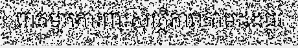
ពាក់មួកការពារសុវត្ថិភាពតាមដងផ្លូវ